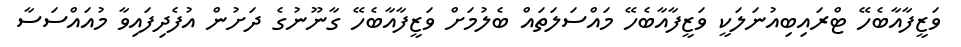
ވަޒީފާއާބެހޭ ޓްރައިބިއުނަލަކީ ވަޒީފާއާބެހޭ މައްސަލަތައް ބެލުމަށް ވަޒީފާއާބެހޭ ގާނޫނުގެ ދަށުން އުފެދިފައިވާ މުއައްސަސާ